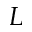
L